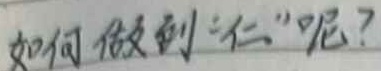
如何做到“仁”呢？